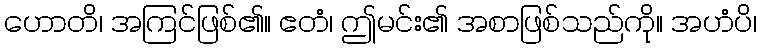
ဟောတိ၊ အကြင်ဖြစ်၏။ ဧတံ၊ ဤမင်း၏ အစာဖြစ်သည်ကို။ အဟံပိ၊